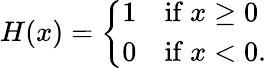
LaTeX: H(x)={\left\{ \begin{array}{ll}{1}&{{\mathrm{if~}}x\geq 0}\\ {0}&{{\mathrm{if~}}x<0.}\end{array}\right.}